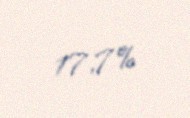
17,7%